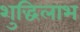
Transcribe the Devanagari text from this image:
शुद्धिलाभ